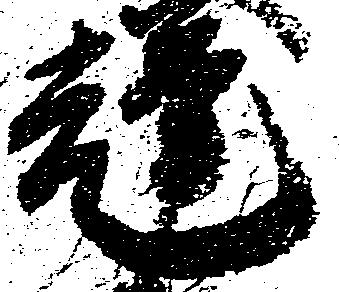
輝